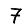
Digit: 7